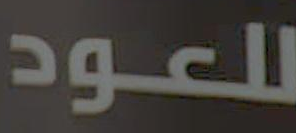
للعود